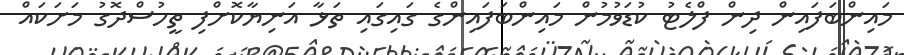
މައިންބަފައިން ދިން ފްލެޓު ކުޑަވުމުން މައިންބަފައިންގެ ގައިގައި ތަޅާ އަނިޔާކޮށްފި ތީހުސްދޮގު މަށަކައް